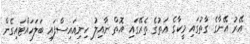
އޭރު އޭނާގެ ގާތުގައި މީކާގެ އަތުގެ ތެރޭގައި އޮތް ނާއިލު ހިނިއައިސްފައި ބަލަހައްޓައިގެން